Report of the Lahore Medical School Hospital
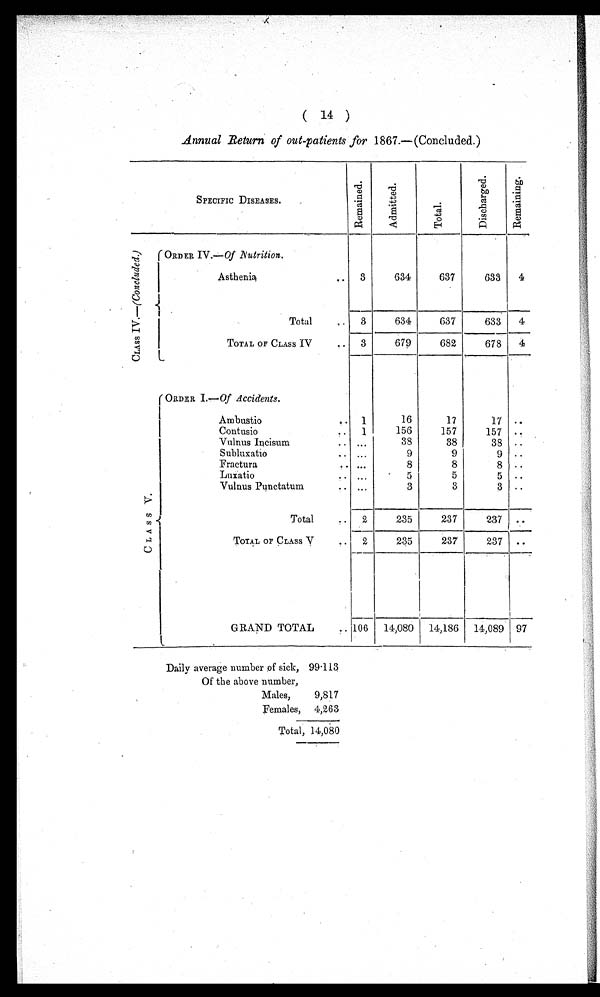
( 14 )
Annual Return of out-patients for 1867.— (Concluded.)
SPECIFIC DISEASES.
R e m a i n e d .
A d m i t t e d .
T o t a l .
D i s c h a r g e d .
R e m a i n i n g .
C L A S S I V . — (
C o n c l u d e d .
)
ORDER IV.— Of Nutrition.
Asthenia . . .
3
634
637
633
4
T o t a l . . .
3
634
637
633
4
TOTAL OF CLASS IV . . .
3
679
682
678
4
C L A S S V .
ORDER I .—Of Accidents.
Ambustio . . .
1
16
17
17
. . .
Contusio . . .
1
156
157
157
. . .
Vulnus Incisum . . .
. . .
38
38
38
. . .
Subluxatio . . .
. . .
9
9
9
. . .
Fractura . . .
. . .
8
8
8
. . .
Luxatio . . .
. . .
5
5
5
. . .
Vulnus Punctatum . . .
. . .
3
3
3
. . .
Total
2
235
237
237
. . .
TOTAL OF CLASS V
2
235
237
237
.. .
GRAND TOTAL . . . 106
14,080
14,186
14,089
97
Daily average number of sick, 99.113
Of the above number,
Males,
9,817
Females,
4,263
Total, 14,080